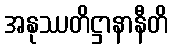
အနုဿတိဋ္ဌာနာနီတိ